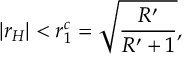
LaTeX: | r _ { H } | < r _ { 1 } ^ { c } = \sqrt { \frac { R ^ { \prime } } { R ^ { \prime } + 1 } } ,